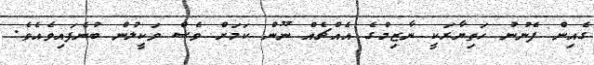
ގެއިން ފެނުނު ހަތިޔާރަކީ ނާޒިމްގެ އެއްޗެއް ނޫން ކަމަށް ވެސް ވަކީލުން ބުނެފައިވެއެވެ.